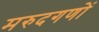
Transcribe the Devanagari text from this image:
मरुदगणों